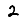
Digit: 2